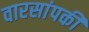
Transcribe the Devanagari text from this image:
वारसांपकी